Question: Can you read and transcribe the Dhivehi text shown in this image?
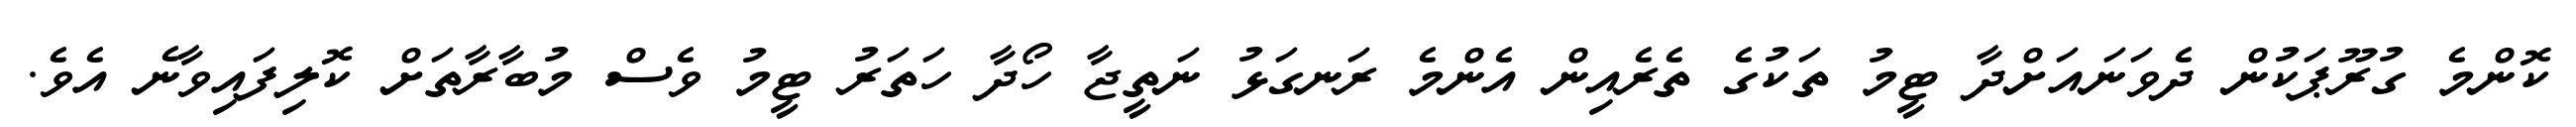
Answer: ކޮންމެ ގުރޫޕަކުން ދެވަނައަށްދާ ޓީމު ތަކުގެ ތެރެއިން އެންމެ ރަނގަޅު ނަތީޖާ ހޯދާ ހަތަރު ޓީމު ވެސް މުބާރާތަށް ކޮލިފައިވާނެ އެވެ.